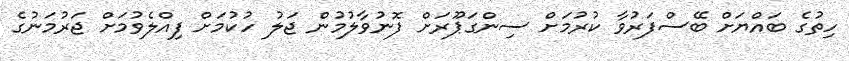
ހިތުގެ ބައްޔަށް ބޭސްފަރުވާ ކުރުމަށް ސިންގަޕޫރަށް ފޮނުވާލުމުން ޖަލު ހުކުމަށް ފިއްލެވުމަށް ޖަރުމަނުގެ